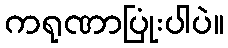
ကရုဏာပြုံးပါပဲ။